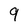
Character: 9